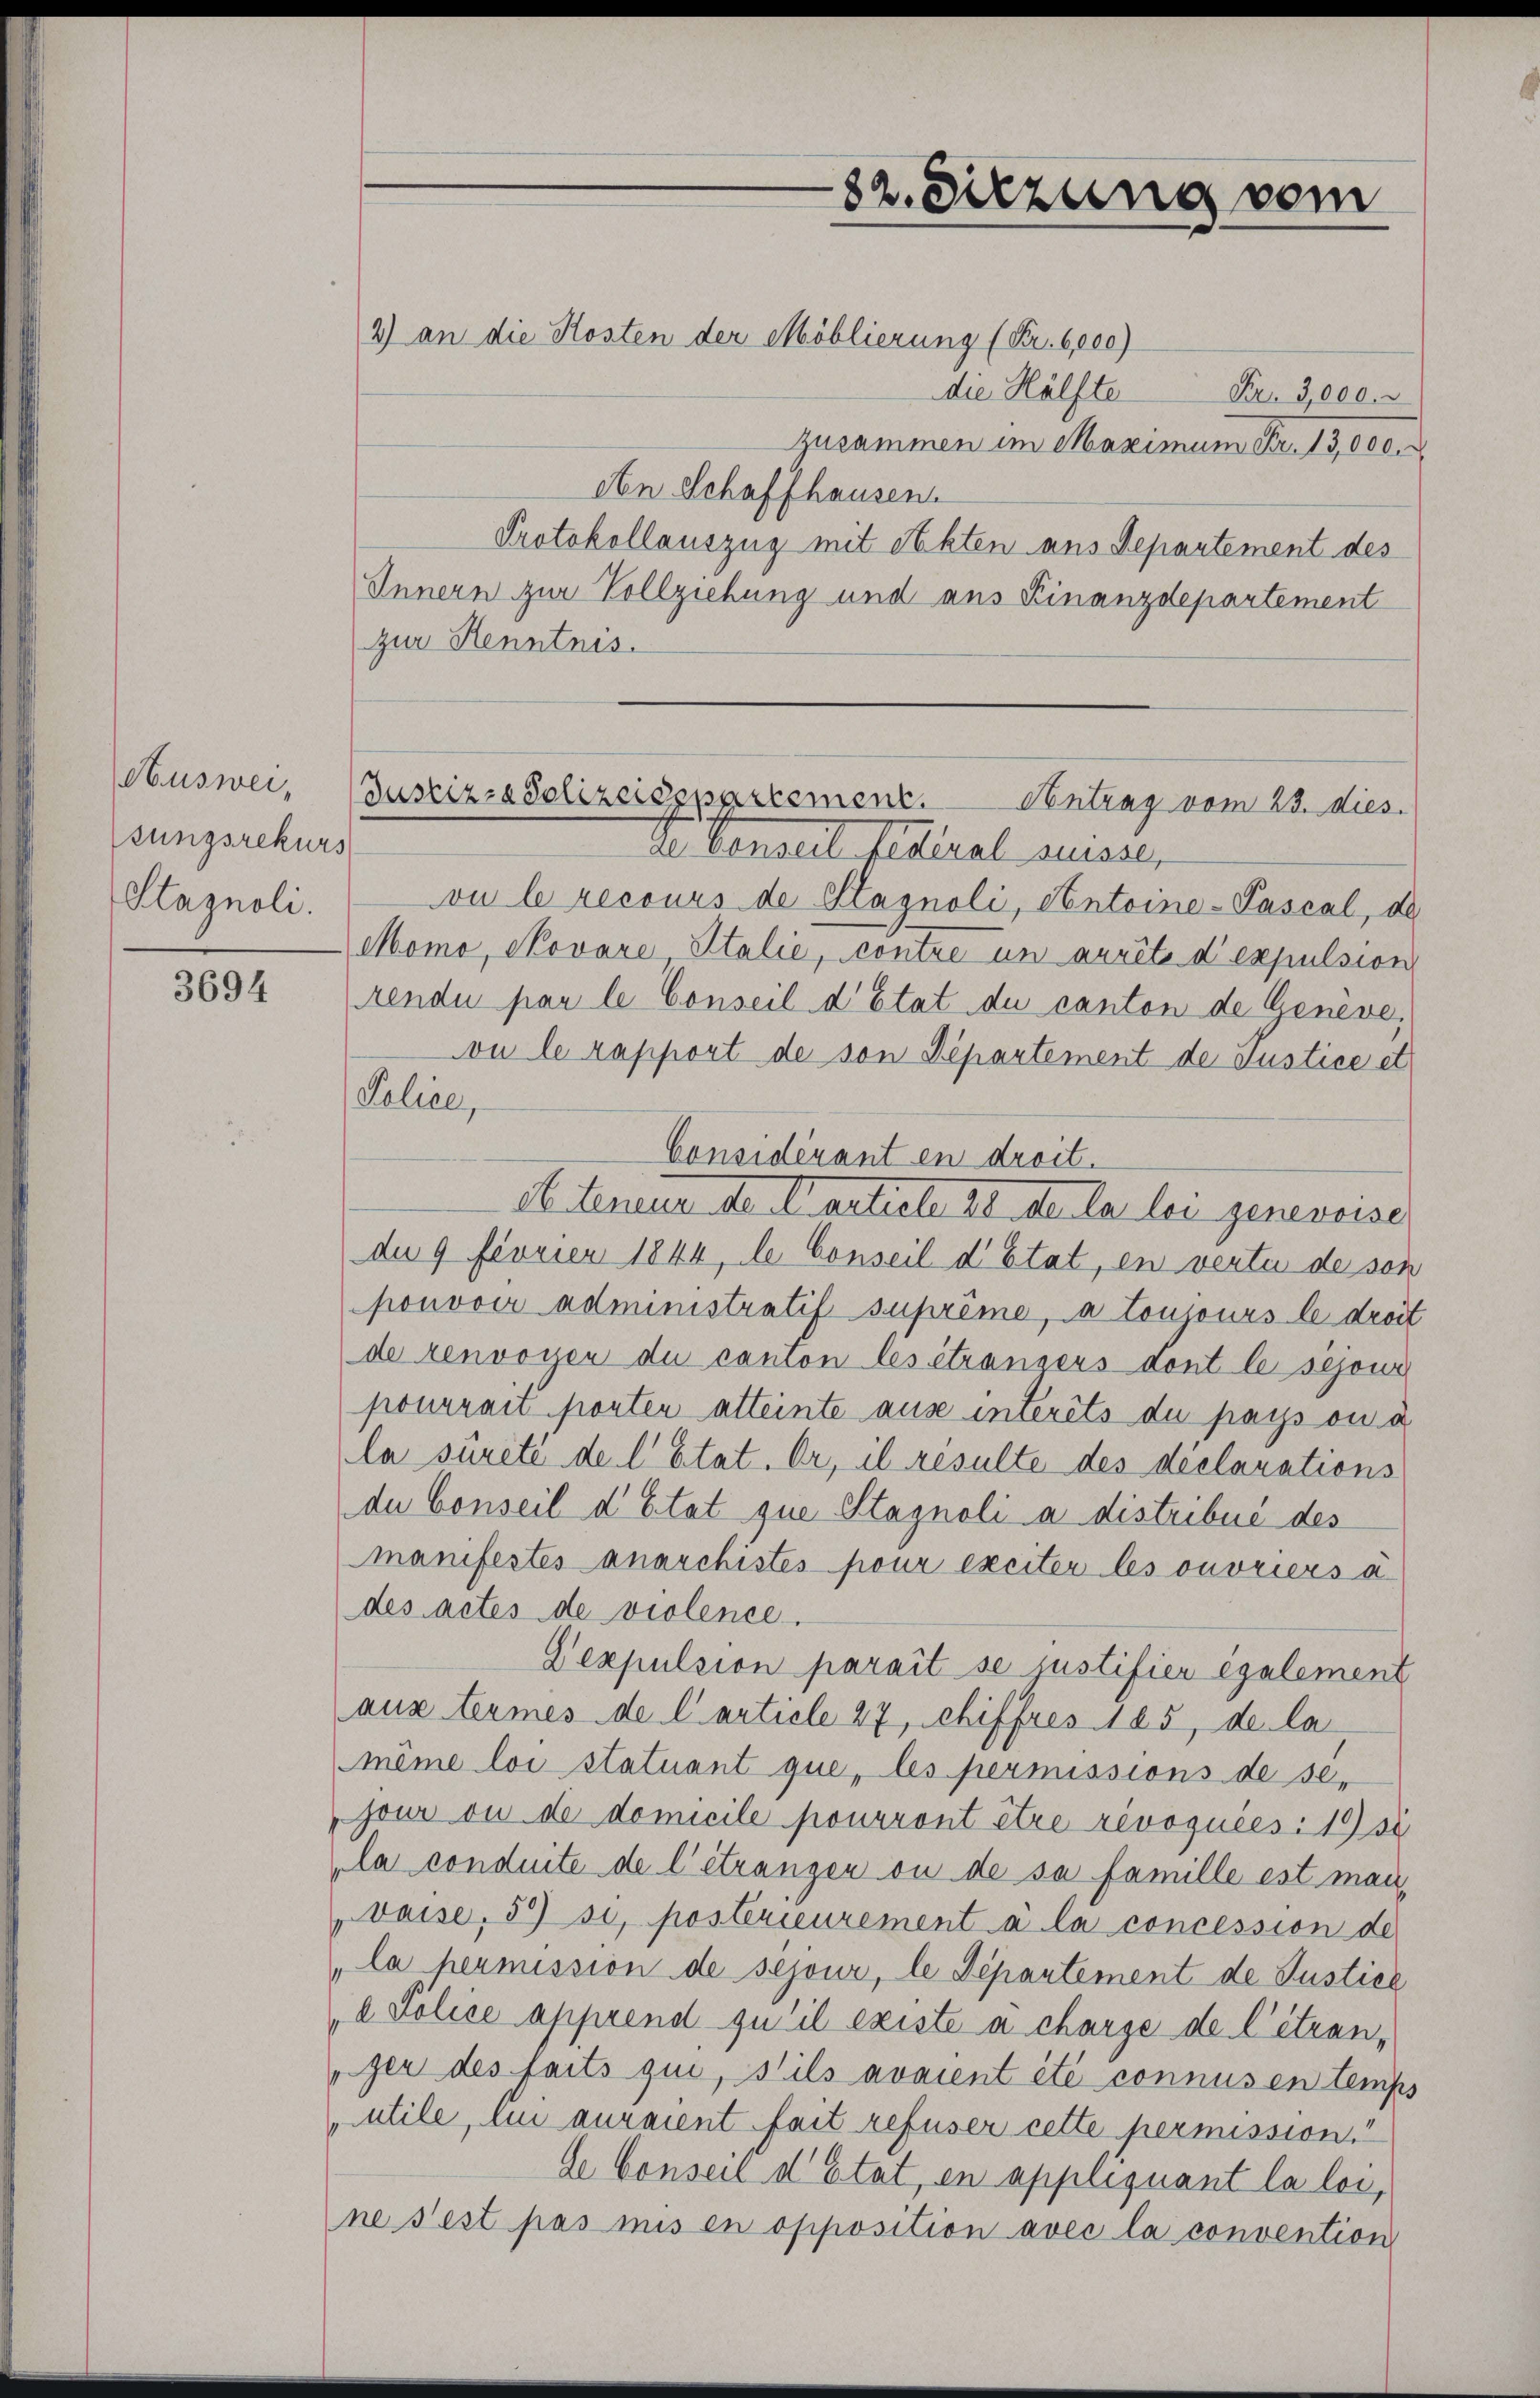
Ausweisungsrekurs
Stagnoli.

3694

2) an die Kosten der Moblierung (Fr. 6,000)

die Hälfte
Nr. 3,000.
Zusammen im Maximum Fr. 13,000
An Schaffhausen
Protokollauszug mit Akten aus Separtement des
Innern zur Vollziehung und aus Finanzdepartement
zur Kenntnis.

82. Sitzung vom

Justiz- & Polizeisppartement. Contrag vom 23. dies.
de Konseil fédéral suisser

vu le recours de Stagnoli, Antoine-Pascal, al
Momo, Novare Stalie, contre un arrêts d’expulsion
rendu par le Conseil d’Etat du canton de Geneve,
vu le rapport de von Departement de Justice et
Police,
Considérant en droit.
A teneur der Carticle 20. de la lei genevoise
dn 9 feurien 1844, le Conseil d’Etat, en vertu de son
pouvoir administratif suprême, a toujours le droit
de renvoyen du canton les étransers dont le sejour
pourrait porten atteinte ause interets du pays ou a
la sûreté de l’Etat. Er, il resulte des déclarations
du Conseil d’Etat que Stagnoli a distribué des
manifestes anarchistes pour exciter les ouvriers à
des actes de violence.
Lexpulsion parait se justifier également
aus termes de l’article 27, chiffres 185, de la
même loi statuant que, les permissions de se-
jour ou de domicile pourront être révoquées: 1951
la conduite de l’étrangen ou de sa famille est man¬
Daise, 59 so, postérieurement à la concession de
la heimission de sejour, le Departement de Justice
d Police apprend qu’il existe a charge de l’étrangen des faits qui, stils avaient été connus en temps
utile, lui auraient fait refuser cette permission.“
de Conseil d’Etat, en appliquant la loi,
ne sest pas mis en opposition avec la convention